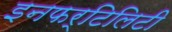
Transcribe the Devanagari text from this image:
इनफर्टिलिटी